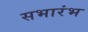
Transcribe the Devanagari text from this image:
सभारंभ